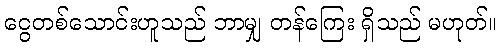
ငွေတစ်သောင်းဟူသည် ဘာမျှ တန်ကြေး ရှိသည် မဟုတ်။